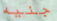
جنيه